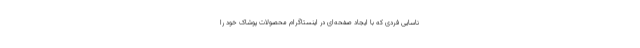
ناسایی فردی که با ایجاد صفحه‌ای در اینستاگرام محصولات پوشاک خود را